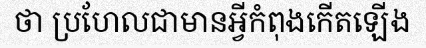
ថា ប្រហែលជាមានអ្វីកំពុងកើតឡើង